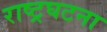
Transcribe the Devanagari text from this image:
राष्ट्रघटना